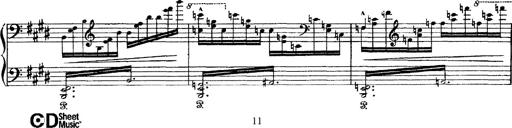
Title: Tarantelle di bravura dâ€™aprÃ¨s la tarantelle de La muette de Portici
Composer: Franz Liszt